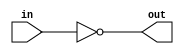
module flip_bus (in, out);
    parameter WIDTH = 8;
    parameter BHC = 10;

    input [WIDTH-1:0] in;
    output wire [WIDTH-1:0] out;

    assign out = ~in;
endmodule